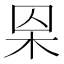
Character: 𣐮